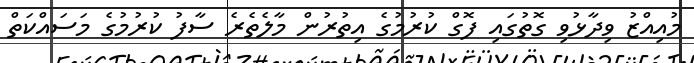
މުއިއްޒު ވިދާޅުވި ގޮތުގައި ފޮގް ކުރުމުގެ އިތުރުން މާލެތެރެ ސާފު ކުރުމުގެ މަސައްކަތް